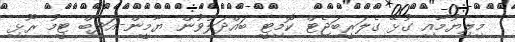
މިލިޔުމާއި ގުޅޭ ގެލަރީބަޖެޓް ކޮމިޓީ ބައްދަލުވުން ޔާމީން-އަދީބް ޓީމު ރޫޅި